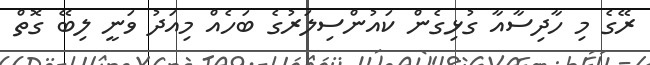
ރޭގެ މި ހާދިސާއާ ގުޅިގެން ކައުންސިލަރުގެ ބަހެއް މިއަދު ވަނީ ލިބޭ ގޮތް